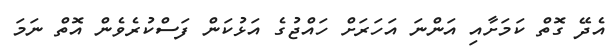
އެދޭ ގޮތް ކަމަށާއި އަންނަ އަހަރަށް ހައްޖުގެ އަޅުކަން ފަސްކުރެވެން އޮތް ނަމަ